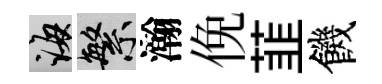
誨繁瀚俛韮饑